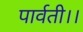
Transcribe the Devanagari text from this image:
पार्वती।।